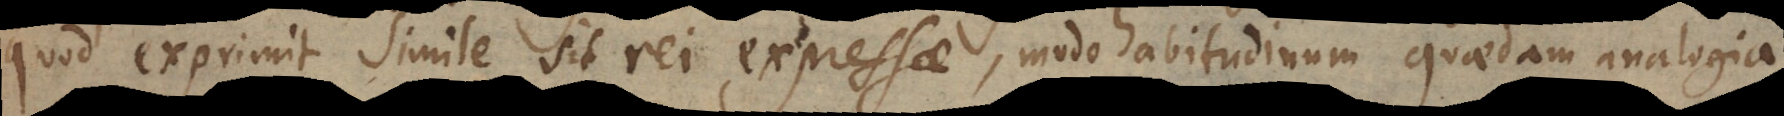
quod exprimit simile sit rei expressae, modo habitudinum quaedam analogia